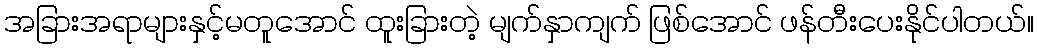
အခြားအရာများနှင့်မတူအောင် ထူးခြားတဲ့ မျက်နှာကျက် ဖြစ်အောင် ဖန်တီးပေးနိုင်ပါတယ်။